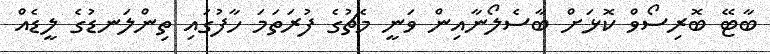
ބާޓޭ ބޮރިސޯވް ކޮޅަށް ބާސެލޯނާއިން ވަނީ މެޗުގެ ފުރަތަމަ ހާފުގައި ތިންލަނޑުގެ ލީޑެއް